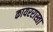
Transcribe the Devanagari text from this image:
कायररास्ता